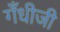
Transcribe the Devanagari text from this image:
गँधीजी